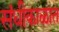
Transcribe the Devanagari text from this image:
संधीकाळात